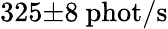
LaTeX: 325{\pm}8\ \mathrm{phot/s}